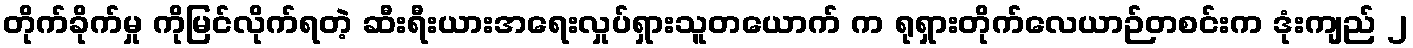
တိုက်ခိုက်မှု ကိုမြင်လိုက်ရတဲ့ ဆီးရီးယားအရေးလှုပ်ရှားသူတယောက် က ရုရှားတိုက်လေယာဉ်တစင်းက ဒုံးကျည် ၂